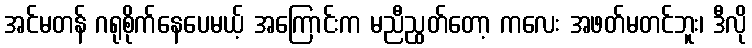
အင်မတန် ဂရုစိုက်နေပေမယ့် အကြောင်းက မညီညွတ်တော့ ကလေး အဖတ်မတင်ဘူး၊ ဒီလို